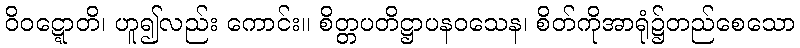
ဝိဝဋ္ဋောတိ၊ ဟူ၍လည်း ကောင်း။ စိတ္တပတိဋ္ဌာပနဝသေန၊ စိတ်ကိုအာရုံ၌တည်စေသော